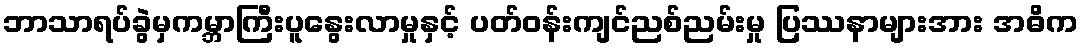
ဘာသာရပ်ခွဲမှကမ္ဘာကြီးပူနွေးလာမှုနှင့် ပတ်ဝန်းကျင်ညစ်ညမ်းမှု ပြဿနာများအား အဓိက